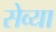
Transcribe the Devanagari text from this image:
सेव्या